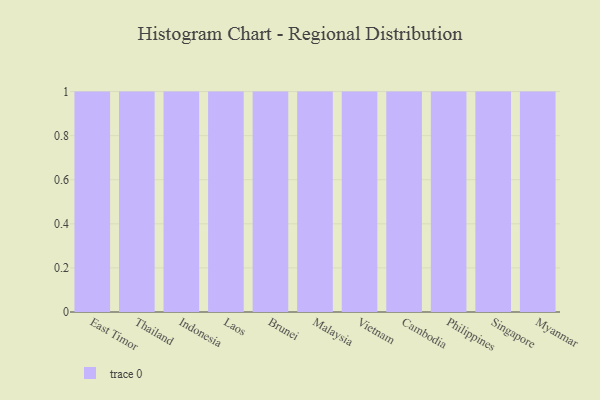
{"axis": {"x": "Country", "y": "Latency (ms)"}, "legend": [""], "data": [{"x": "East Timor", "y": 75, "type": ""}, {"x": "Thailand", "y": 17, "type": ""}, {"x": "Indonesia", "y": 55, "type": ""}, {"x": "Laos", "y": 90, "type": ""}, {"x": "Brunei", "y": 63, "type": ""}, {"x": "Malaysia", "y": 79, "type": ""}, {"x": "Vietnam", "y": 47, "type": ""}, {"x": "Cambodia", "y": 19, "type": ""}, {"x": "Philippines", "y": 4, "type": ""}, {"x": "Singapore", "y": 53, "type": ""}, {"x": "Myanmar", "y": 46, "type": ""}]}